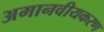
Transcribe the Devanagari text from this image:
अमानवीयकरण